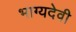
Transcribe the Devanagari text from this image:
भाग्यदेवी